Indian journal of veterinary science and animal husbandry - Volumes 15-17, 1948-1951
Year: 1948
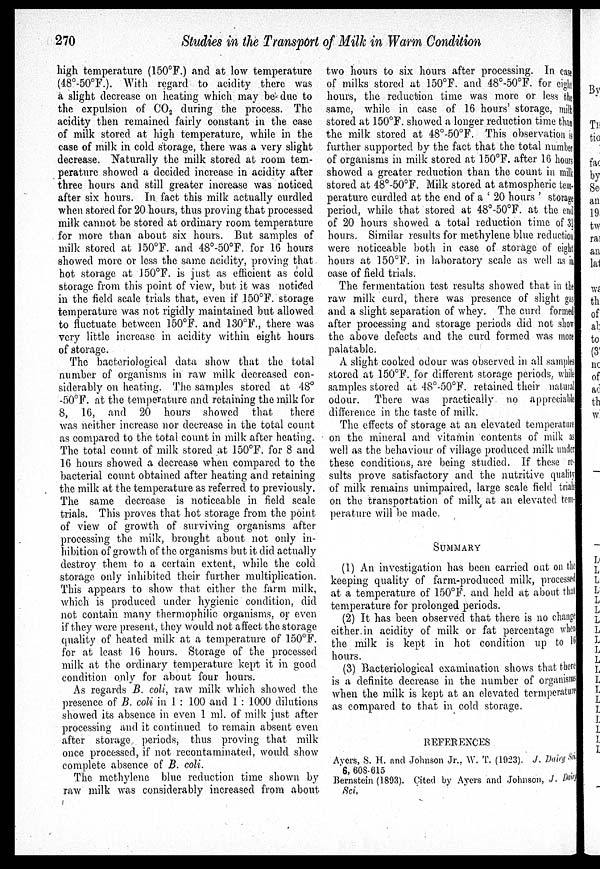
270
Studies in the Transport of Milk in Warm Condition
high temperature (150°F.) and at low temperature
(48°-50°F.). With regard to acidity there was
a slight decrease on heating which may be due to
the expulsion of CO 2 during the process. The
acidity then remained fairly constant in the case
of milk stored at high temperature, while in the
case of milk in cold storage, there was a very slight
decrease. Naturally the milk stored at room tem-
perature showed a decided increase in acidity after
three hours and still greater increase was noticed
after six hours. In fact this milk actually curdled
when stored for 20 hours, thus proving that processed
milk cannot be stored at ordinary room temperature
for more than about six hours. But samples of
milk stored at 150°F. and 48°-50°F. for 16 hours
showed more or less the same acidity, proving that
hot storage at 150°F. is just as efficient as cold
storage from this point of view, but it was noticed
in the field scale trials that, even if 150°F. storage
temperature was not rigidly maintained but allowed
to fluctuate between 150°F. and 130°F., there was
very little increase in acidity within eight hours
of storage.
The bacteriological data show that the total
number of organisms in raw milk decreased con-
siderably on heating. The samples stored at 48°
-50°F. at the temperature and retaining the milk for
8, 16, and 20 hours showed that
there
was neither increase nor decrease in the total count
as compared to the total count in milk after heating.
The total count of milk stored at 150°F. for 8 and
16 hours showed a decrease when compared to the
bacterial count obtained after heating and retaining
the milk at the temperature as referred to previously.
The same decrease is noticeable in field scale
trials. This proves that hot storage from the point
of view of growth of surviving organisms after
processing the milk, brought about not only in-
hibition of growth of the organisms but it did actually
destroy them to a certain extent, while the cold
storage only inhibited their further multiplication.
This appears to show that either the farm milk,
which is produced under hygienic condition, did
not contain many thermophilic organisms, or even
if they were present, they would not affect the storage
quality of heated milk at a temperature of 150°F.
for at least 16 hours. Storage of the processed
milk at the ordinary temperature kept it in good
condition only for about four hours.
As regards B. coli, raw milk which showed the
presence of B. coli in 1 : 100 and 1 : 1000 dilutions
showed its absence in even 1 ml. of milk just after
processing and it continued to remain absent even
after storage periods, thus proving that milk
once processed, if not recontaminated, would show
complete absence of B. coli.
The methylene blue reduction time shown by
raw milk was considerably increased from about
two hours to six hours after processing. In case
of milks stored at 150ºF. and 48º-50ºF. for eight
hours, the reduction time was more or less the
same, while in case of 16 hours' storage, milk
stored at 150°F. showed a longer reduction time than
the milk stored at 48°-50°F. This observation i s
further supported by the fact that the total number
of organisms in milk stored at 150ºF. after 16 hours
showed a greater reduction than the count in milk
stored at 48°-50°F. Milk stored at atmospheric tem-
perature curdled at the end of a '20 hours' storage
period, while that stored at 48°-50°F. at the end
of 20 hours showed a total reduction time of 3½
hours. Similar results for methylene blue reduction
were noticeable both in case of storage of eight
hours at 150°F. in laboratory scale as well as i n
case of field trials.
The fermentation test results showed that in the
raw milk curd, there was presence of slight gas
and a slight separation of whey. The curd formed
after processing and storage periods did not show
the above defects and the curd formed was more
palatable.
A slight cooked odour was observed in all samples
stored at 150°F. for different storage periods, while
samples stored at 48°-50°F. retained their natural
odour. There was practically no appreciable
difference in the taste of milk.
The effects of storage at an elevated temperature
on the mineral and vitamin contents of milk as
well as the behaviour of village produced milk under
these conditions, are being studied. If these re-
sults prove satisfactory and the nutritive quality
of milk remains unimpaired, large scale field trials
on the transportation of milk at an elevated tem-
perature will be made.
SUMMARY
(1) An investigation has been carried out on the
keeping quality of farm-produced milk, processed
at a temperature of 150°F. and held at about that
temperature for prolonged periods.
(2) It has been observed that there is no change
either in acidity of milk or fat percentage when
the milk is kept in hot condition up to 16
hours.
(3) Bacteriological examination shows that there
is a definite decrease in the number of organisms
when the milk is kept at an elevated termperature
as compared to that in cold storage.
REFERENCES
Ayers, S. H. and Johnson Jr., W. T. (1923). J. Dairy Sci
6, 608-615
Bernstein (1893). Cited by Ayers and Johnson, J. Dairy
Sci